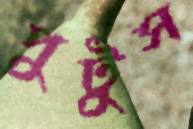
পুটুস